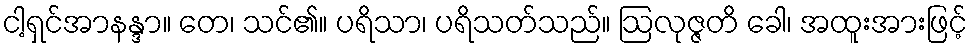
ငါ့ရှင်အာနန္ဒာ။ တေ၊ သင်၏။ ပရိသာ၊ ပရိသတ်သည်။ ဩလုဇ္ဇတိ ခေါ၊ အထူးအားဖြင့်